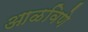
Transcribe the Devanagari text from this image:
आळविणे